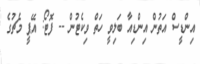
އިންޑީސް އަތުން އިންޑިއާ ބަލިވީ ހަތް ވިކެޓުން -- ފޮޓޯ: އޭޕީ މެޗުގެ